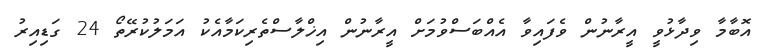
އޮބާމާ ވިދާޅުވީ އީރާނުން ވެފައިވާ އެއްބަސްވުމަށް އީރާނުން އިޚްލާސްތެރިކަމާއެކު އަމަލުކުރޭތޯ 24 ގަޑިއިރު